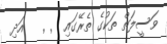
ވަސީލަތް ތަކުގެ ތެރޭގައި